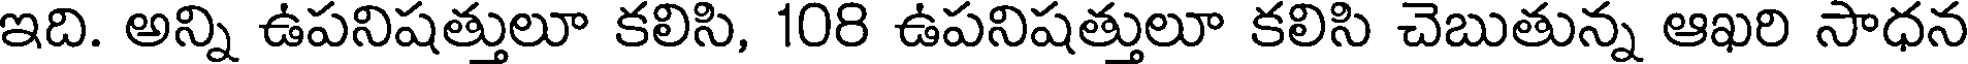
ఇది. అన్ని ఉపనిషత్తులూ కలిసి, 108 ఉపనిషత్తులూ కలిసి చెబుతున్న ఆఖరి సాధన